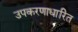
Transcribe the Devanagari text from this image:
उपकरणाधारित